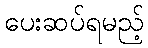
ပေးဆပ်ရမည့်